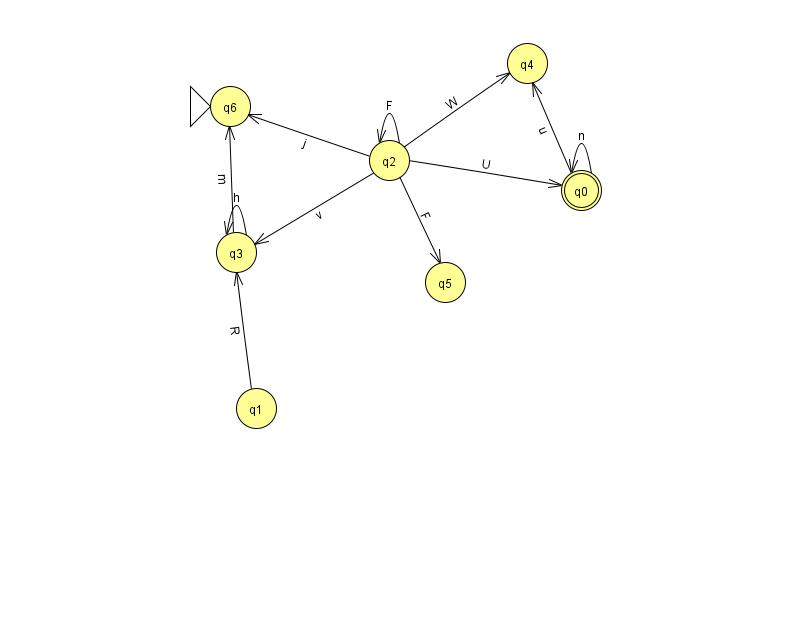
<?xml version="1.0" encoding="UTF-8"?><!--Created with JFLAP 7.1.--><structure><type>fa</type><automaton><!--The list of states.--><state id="0" name="q0"><x>581.0</x><y>177.0</y><final/></state><state id="1" name="q1"><x>256.0</x><y>395.0</y></state><state id="2" name="q2"><x>389.0</x><y>147.0</y></state><state id="3" name="q3"><x>236.0</x><y>239.0</y></state><state id="4" name="q4"><x>527.0</x><y>50.0</y></state><state id="5" name="q5"><x>445.0</x><y>269.0</y></state><state id="6" name="q6"><x>230.0</x><y>93.0</y><initial/></state><!--The list of transitions.--><transition><from>2</from><to>6</to><read>j</read></transition><transition><from>0</from><to>4</to><read>u</read></transition><transition><from>2</from><to>2</to><read>F</read></transition><transition><from>2</from><to>3</to><read>v</read></transition><transition><from>3</from><to>3</to><read>h</read></transition><transition><from>2</from><to>4</to><read>W</read></transition><transition><from>3</from><to>6</to><read>m</read></transition><transition><from>1</from><to>3</to><read>R</read></transition><transition><from>2</from><to>0</to><read>U</read></transition><transition><from>2</from><to>5</to><read>F</read></transition><transition><from>0</from><to>0</to><read>n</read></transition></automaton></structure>